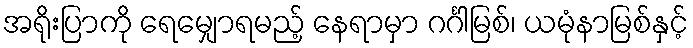
အရိုးပြာကို ရေမျှောရမည့် နေရာမှာ ဂင်္ဂါမြစ်၊ ယမုံနာမြစ်နှင့်